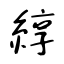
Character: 綧